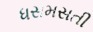
ધસમસતી